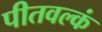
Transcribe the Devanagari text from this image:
पीतवल्कं